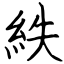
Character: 紩